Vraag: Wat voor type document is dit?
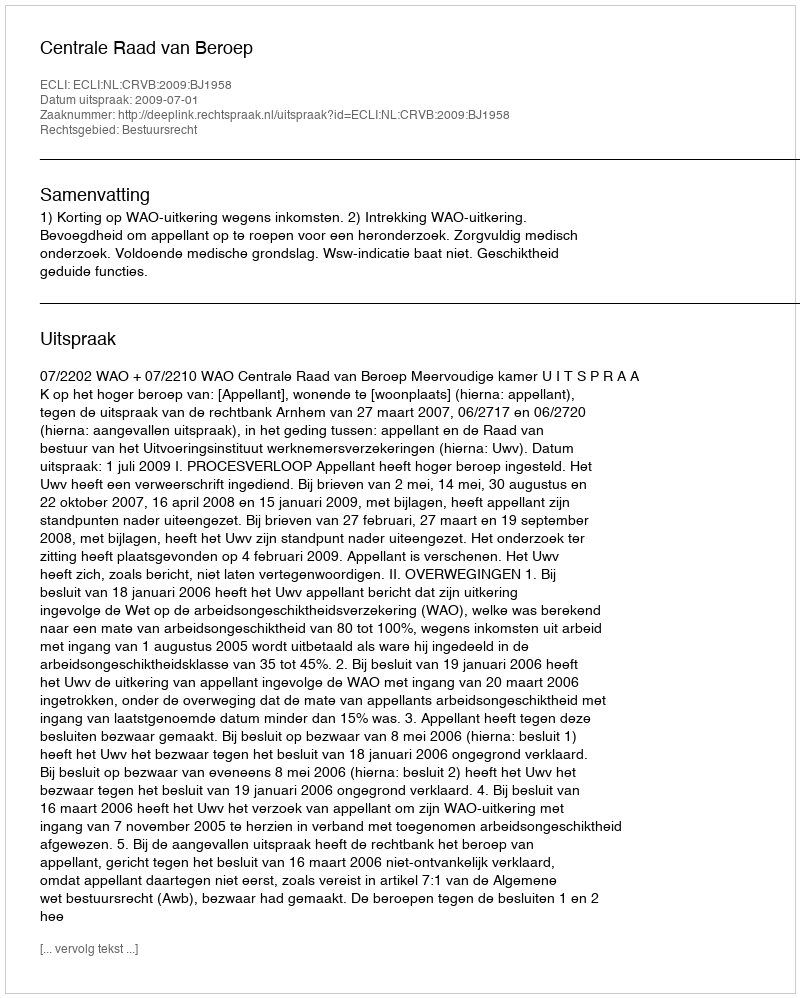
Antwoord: Uitspraak